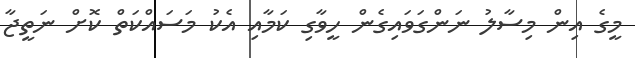
މީގެ އިން މިސާލު ނަންގަވައިގެން ހީވާގި ކަމާއި އެކު މަސައްކަތް ކޮށް ނަތީޖާ